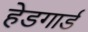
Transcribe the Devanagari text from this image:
हेडगार्ड